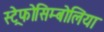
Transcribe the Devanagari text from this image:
स्ट्रेफोसिम्बोलिया